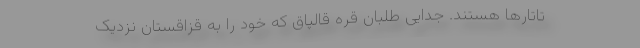
تاتارها هستند. جدایی طلبان قره قالپاق که خود را به قزاقستان نزدیک